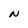
Character: N